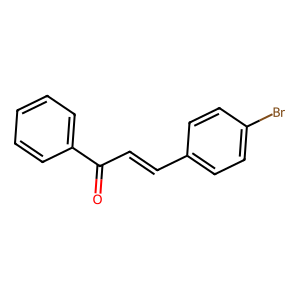
SMILES: O=C(C=Cc1ccc(Br)cc1)c1ccccc1
Inhibits HIV replication: No